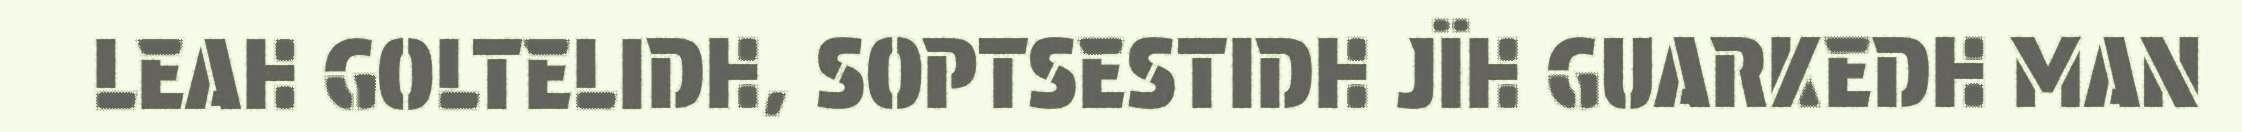
LEAH GOLTELIDH, SOPTSESTIDH JÏH GUARKEDH MAN